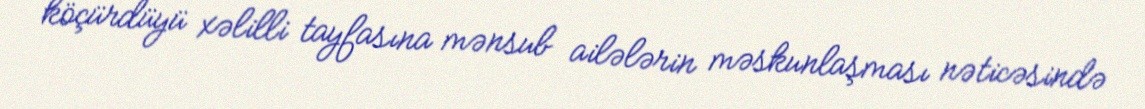
köçürdüyü xəlilli tayfasına mənsub ailələrin məskunlaşması nəticəsində